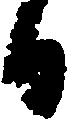
日